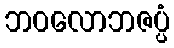
ဘဝလောဘဇပ္ပံ